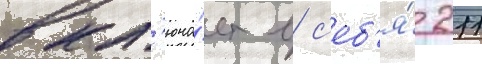
вкл'юча́ет в с'еб'я́ 211